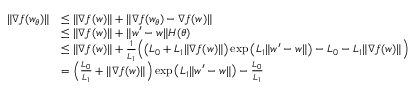
\begin{array} { r l } { \| \nabla f ( w _ { \theta } ) \| } & { \le \| \nabla f ( w ) \| + \| \nabla f ( w _ { \theta } ) - \nabla f ( w ) \| } \\ & { \le \| \nabla f ( w ) \| + \| w ^ { \prime } - w \| H ( \theta ) } \\ & { \le \| \nabla f ( w ) \| + \frac { 1 } { L _ { 1 } } \Big ( \big ( L _ { 0 } + L _ { 1 } \| \nabla f ( w ) \| \big ) \exp \big ( L _ { 1 } \| w ^ { \prime } - w \| \big ) - L _ { 0 } - L _ { 1 } \| \nabla f ( w ) \| \Big ) } \\ & { = \Big ( \frac { L _ { 0 } } { L _ { 1 } } + \| \nabla f ( w ) \| \Big ) \exp \big ( L _ { 1 } \| w ^ { \prime } - w \| \big ) - \frac { L _ { 0 } } { L _ { 1 } } } \end{array}